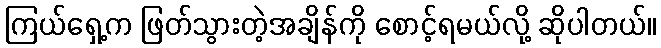
ကြယ်ရှေ့က ဖြတ်သွားတဲ့အချိန်ကို စောင့်ရမယ်လို့ ဆိုပါတယ်။